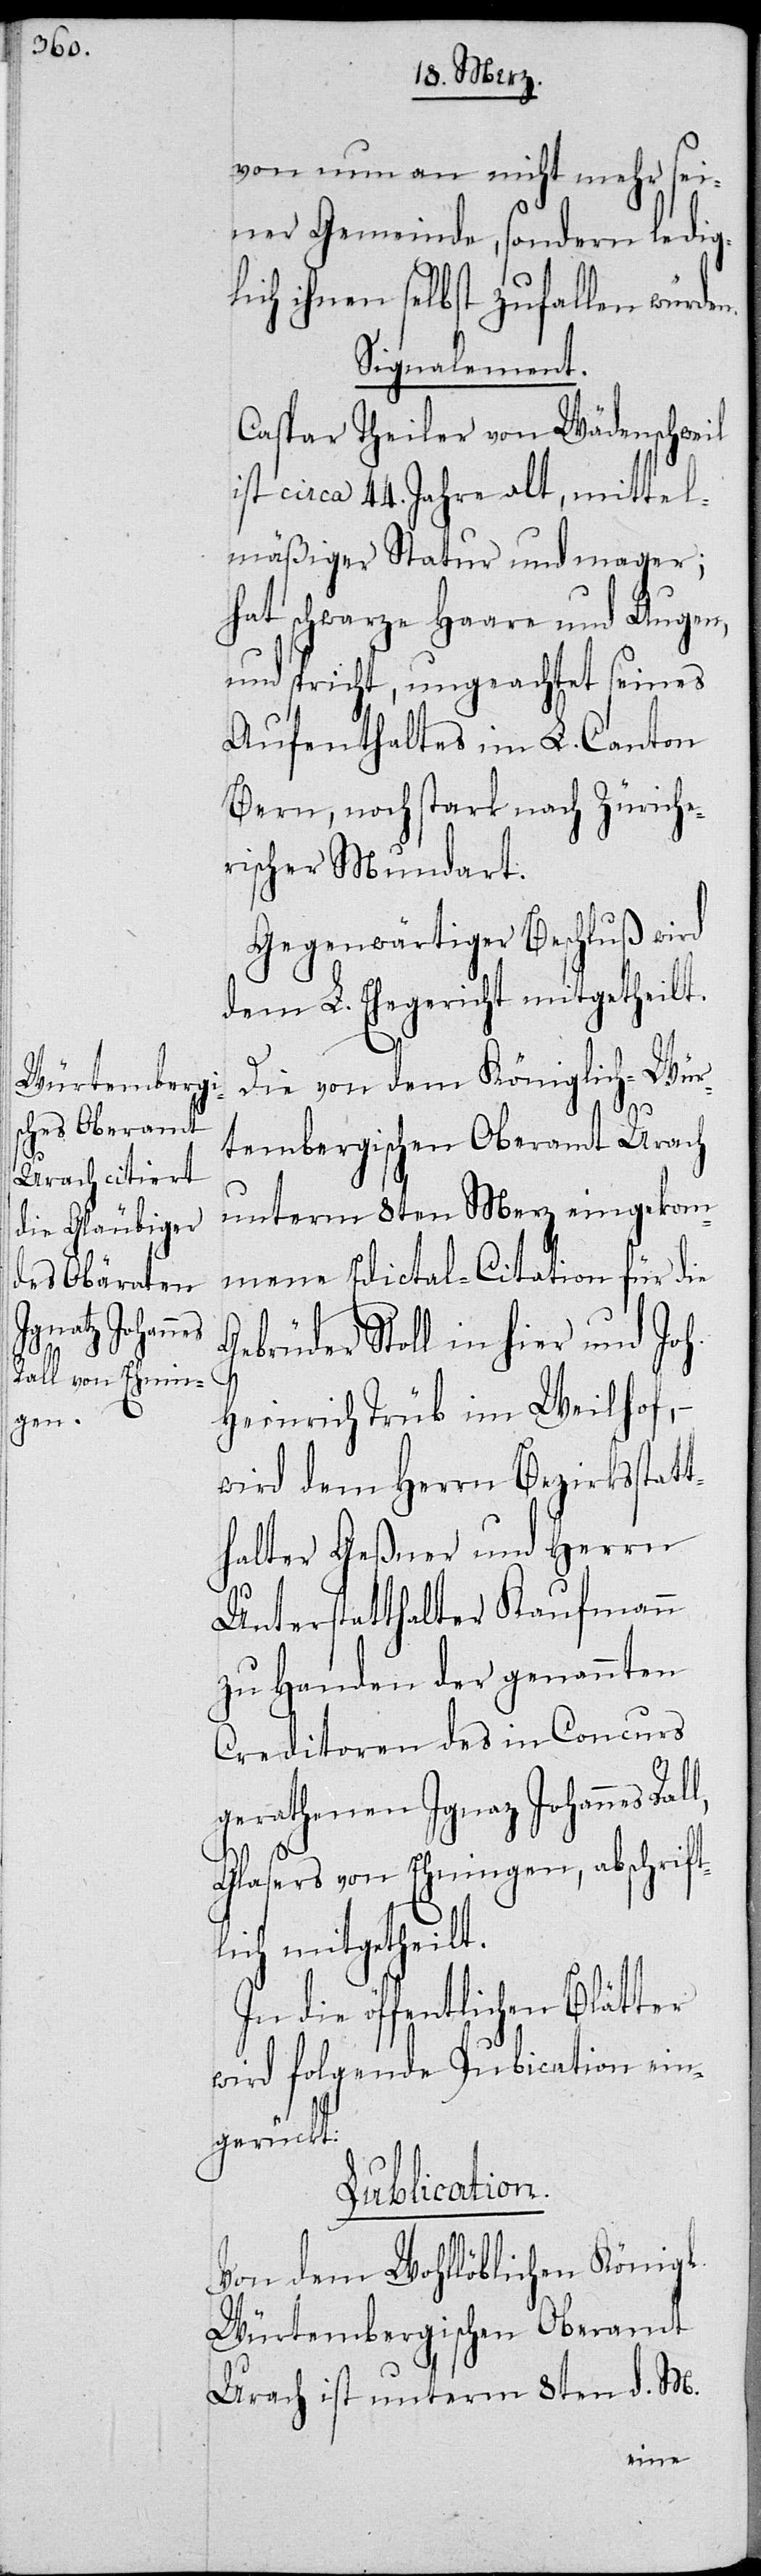
von nun an nicht mehr sei¬
ner Gemeinde, sondern ledig¬
lich ihnen selbst zufallen würden.
Signalement.
Caspar Theiler von Wädenschweil
ist circa 44. Jahre alt, mittel¬
mäßiger Statur und mager;
hat schwarze Haare und Augen,
und spricht, ungeachtet seines
Aufenthaltes im L. Canton
Bern, noch stark nach Züriche¬
rischer Mundart.
Gegenwärtiger Beschluß wird
dem L. Ehegericht mitgetheilt.
Die von dem Königlich-Wür¬
tembergischen Oberamt Urach
unterm 8ten Merz eingekom¬
mene Edictal-Citation für die
Gebrüder Stoll in hier und Joh.
Heinrich Trüb im Weilhof,
wird dem Herrn Bezirksstatt¬
halter Geßner und Herrn
Unterstatthalter Kaufmann
zu Handen der genannten
Creditoren des in Concurs
gerathenen Igna[t]z Johannes Ral¬
li¬
Glasers von Ehningen, abschrift¬
ch mitgetheilt.
In die öffentlichen Blätter
wird folgende Publication ein¬
gerückt:
Publication.
Von dem Wohllöblichen Königl.
Würtembergischen Oberamt
Urach ist unterm 8ten d. M.